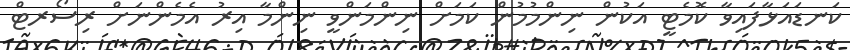
ކަނޑައަޅާފައިވާ ކޮމެޓީ އަކުން ނިންމުމުން ކަމަށް ނިންމަންވީ ނިންމާ އިރު އެމެންނަށް ރިސޯރޓް